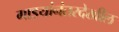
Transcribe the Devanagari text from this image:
गाडयांनंतरदेखील